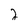
Character: 2